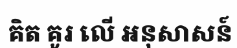
គិត គូរ លើ អនុសាសន៍